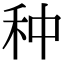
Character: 种